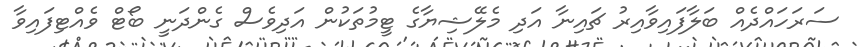
ސަރަހައްދެއް ބަލާފައިވާއިރު ޗައިނާ އަދި މެލޭޝިޔާގެ ޓީމުތަކުން އަދިވެސް ގެންދަނީ ބޯޓް ވެއްޓިފައިވާ